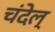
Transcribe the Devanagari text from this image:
चंदेल्